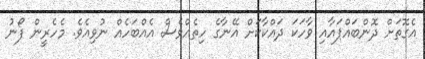
އެގޮތަށް ދޮންބައްޕައާއި ވާހަކަ ދައްކާކަށް އޭނާގެ ހިތެއްވެސް އެއްބަހެއް ނުވިއެވެ. މެހެރީން ފޯނު